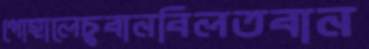
পোহালেচুবানবিলতবান